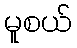
မူစယ်